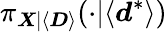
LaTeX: \pi_{\boldsymbol{X}|\langle\boldsymbol{D}\rangle}(\cdot|\langle\boldsymbol{d}^{*}\rangle)